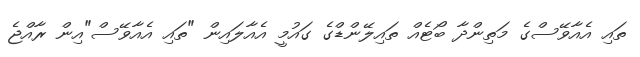
ތައި އެއާވޭސްގެ މަތިންދާ ބޯޓެއް ތައިލޭންޑްގެ ގައުމީ އެއާލައިން "ތައި އެއާވޭސް"އިން ރާއްޖެ